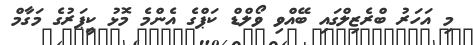
މި އަހަރު ބްރެޒިލްގައި ބޭއްވި ވޯލްޑް ކަޕްގެ އެންމެ މޮޅު ކީޕަރުގެ މަގާމް